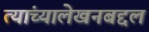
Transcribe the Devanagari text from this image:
त्यांच्यालेखनबद्दल